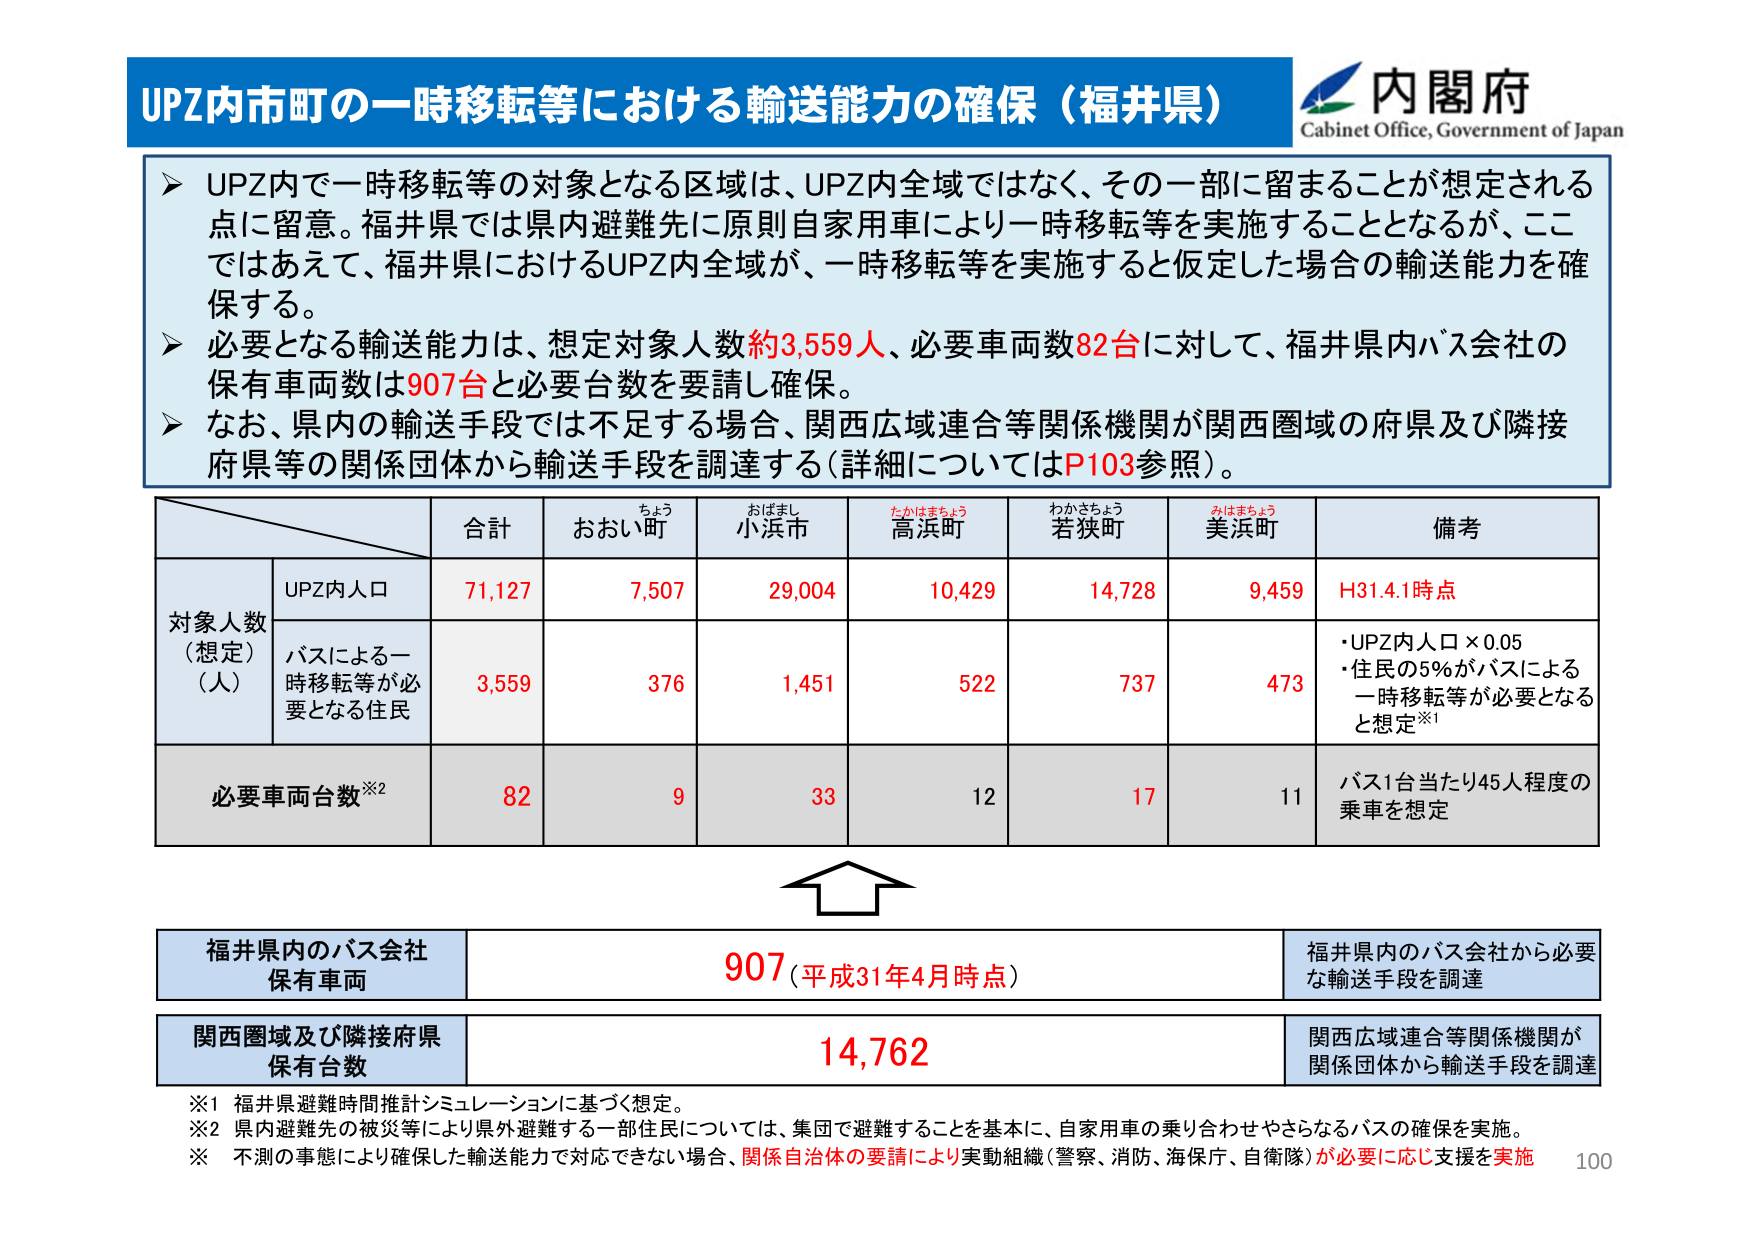
UPZ内市町の一時移転等における輸送能力の確保（福井県）
内閣府
Cabinet Office, Government of Japan

➤ UPZ内で一時移転等の対象となる区域は、UPZ内全域ではなく、その一部に留まることが想定される点に留意。福井県では県内避難先に原則自家用車により一時移転等を実施することとなるが、ここではあえて、福井県におけるUPZ内全域が、一時移転等を実施すると仮定した場合の輸送能力を確保する。
➤ 必要となる輸送能力は、想定対象人数約3,559人、必要車両数82台に対して、福井県内バス会社の保有車両数は907台と必要台数を要請し確保。
➤ なお、県内の輸送手段では不足する場合、関西広域連合等関係機関が関西圏域の府県及び隣接府県等の関係団体から輸送手段を調達する（詳細についてはP103参照）。

合計 おおい町 おばまし 小浜市 たかはまちょう 高浜町 わかさちょう 若狭町 みはまちょう 美浜町 備考
対象人数（想定）（人）
UPZ内人口 71,127 7,507 29,004 10,429 14,728 9,459 H31.4.1時点
バスによる一時移転等が必要となる住民 3,559 376 1,451 522 737 473
・UPZ内人口×0.05
・住民の5％がバスによる一時移転等が必要となると想定※1
必要車両台数※2 82 9 33 12 17 11
バス1台当たり45人程度の乗車を想定

福井県内のバス会社保有車両 907（平成31年4月時点） 福井県内のバス会社から必要な輸送手段を調達
関西圏域及び隣接府県保有台数 14,762 関西広域連合等関係機関が関係団体から輸送手段を調達

※1 福井県避難時間推計シミュレーションに基づく想定。
※2 県内避難先の被災等により県外避難する一部住民については、集団で避難することを基本に、自家用車の乗り合わせやさらなるバスの確保を実施。
※ 不測の事態により確保した輸送能力で対応できない場合、関係自治体の要請により実動組織（警察、消防、海保庁、自衛隊）が必要に応じ支援を実施
100